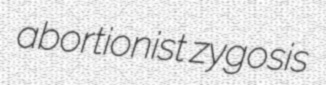
abortionist zygosis